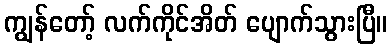
ကျွန်တော့် လက်ကိုင်အိတ် ပျောက်သွားပြီ။